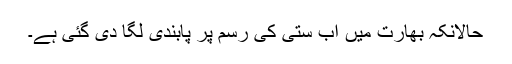
حالانکہ بھارت میں اب ستی کی رسم پر پابندی لگا دی گئی ہے۔